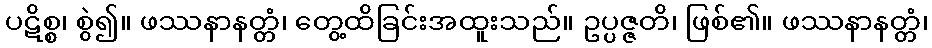
ပဋိစ္စ၊ စွဲ၍။ ဖဿနာနတ္တံ၊ တွေ့ထိခြင်းအထူးသည်။ ဥပ္ပဇ္ဇတိ၊ ဖြစ်၏။ ဖဿနာနတ္တံ၊